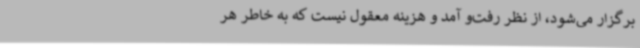
برگزار می‌شود، از نظر رفت‌و آمد و هزینه معقول نیست که به خاطر هر